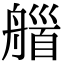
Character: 𦩽